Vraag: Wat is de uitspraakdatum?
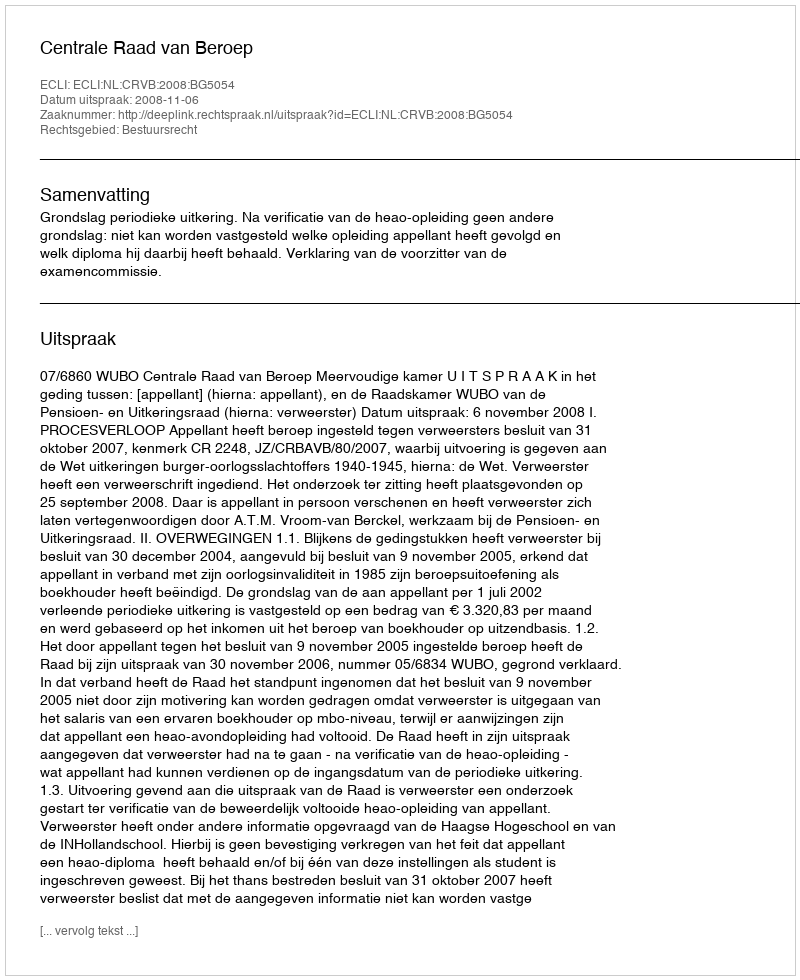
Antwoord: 2008-11-06